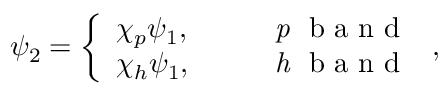
\begin{array} { r } { \psi _ { 2 } = \left\{ \begin{array} { l l } { \chi _ { p } \psi _ { 1 } , } & { \quad \mathrm { ~ { ~ \it ~ p ~ } ~ b ~ a ~ n ~ d ~ } } \\ { \chi _ { h } \psi _ { 1 } , } & { \quad \mathrm { ~ { ~ \it ~ h ~ } ~ b ~ a ~ n ~ d ~ } } \end{array} \right. , } \end{array}